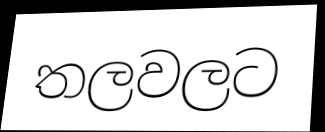
තලවලට